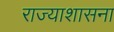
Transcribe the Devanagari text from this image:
राज्याशासना